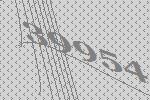
39954